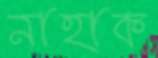
নাহাক